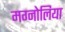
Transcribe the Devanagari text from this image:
मग्नोलिया